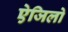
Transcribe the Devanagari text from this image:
ऐजिलो